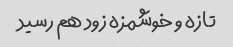
تازه و خوشمزه زود هم رسید